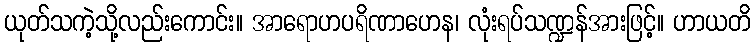
ယုတ်သကဲ့သို့လည်းကောင်း။ အာရောဟပရိဏာဟေန၊ လုံးရပ်သဏ္ဍန်အားဖြင့်။ ဟာယတိ